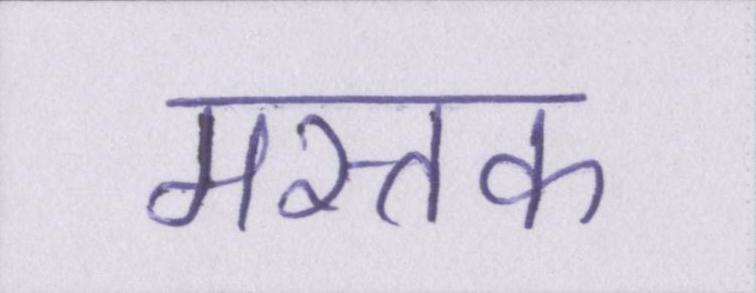
मस्तक